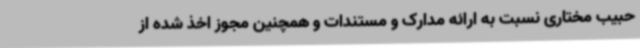
حبیب مختاری نسبت به ارائه مدارک و مستندات و همچنین مجوز اخذ شده از